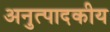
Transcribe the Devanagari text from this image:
अनुत्पादकीय